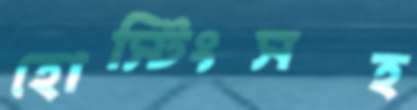
হোস্টিংসহ